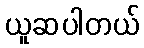
ယူဆပါတယ်